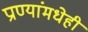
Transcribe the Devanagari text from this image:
प्राण्यांमधेही